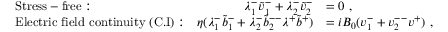
\begin{array} { r l r l } & { \mathrm { S t r e s s - f r e e : } } & { \lambda _ { 1 } ^ { - } \tilde { v } _ { 1 } ^ { - } + \lambda _ { 2 } ^ { - } \tilde { v } _ { 2 } ^ { - } } & { = 0 ~ , } \\ & { \mathrm { E l e c t r i c ~ f i e l d ~ c o n t i n u i t y ~ ( C . I ) : } } & { \eta ( \lambda _ { 1 } ^ { - } \tilde { b } _ { 1 } ^ { - } + \lambda _ { 2 } ^ { - } \tilde { b } _ { 2 } ^ { -- } \lambda ^ { + } \tilde { b } ^ { + } ) } & { = i B _ { 0 } ( v _ { 1 } ^ { - } + v _ { 2 } ^ { -- } v ^ { + } ) ~ , } \end{array}